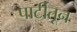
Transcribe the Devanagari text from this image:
पार्टीतून